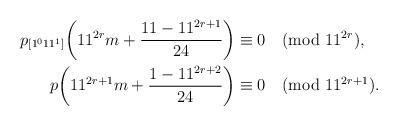
LaTeX: \begin{align*}\begin{aligned}p_{[1^011^1]}\bigg(11^{2r}m+\frac{11-11^{2r+1}}{24}\bigg)&\equiv 0\pmod{11^{2r}},\\p\bigg(11^{2r+1}m+\frac{1-11^{2r+2}}{24}\bigg)&\equiv 0\pmod{11^{2r+1}}.\end{aligned}\end{align*}